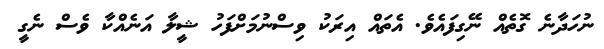
ނުހަދާނެ ގޮތެއް ނޭގިފައެވެ. އެތައް އިރަކު ވިސްނުމަށްފަހު ޝީލާ އަނެއްކާ ވެސް ނެގީ